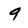
Character: 9